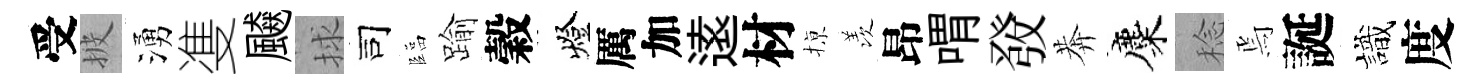
受披湧㕠飇捄司臨踰穀燈厲加逺材𢱊羡昂喟𤼲莾麋稔焉誕識度